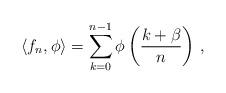
LaTeX: \begin{align*}\left\langle f_{n},\phi\right\rangle =\sum_{k=0}^{n-1}\phi\left(\frac{k+\beta}{n}\right) \,, \end{align*}